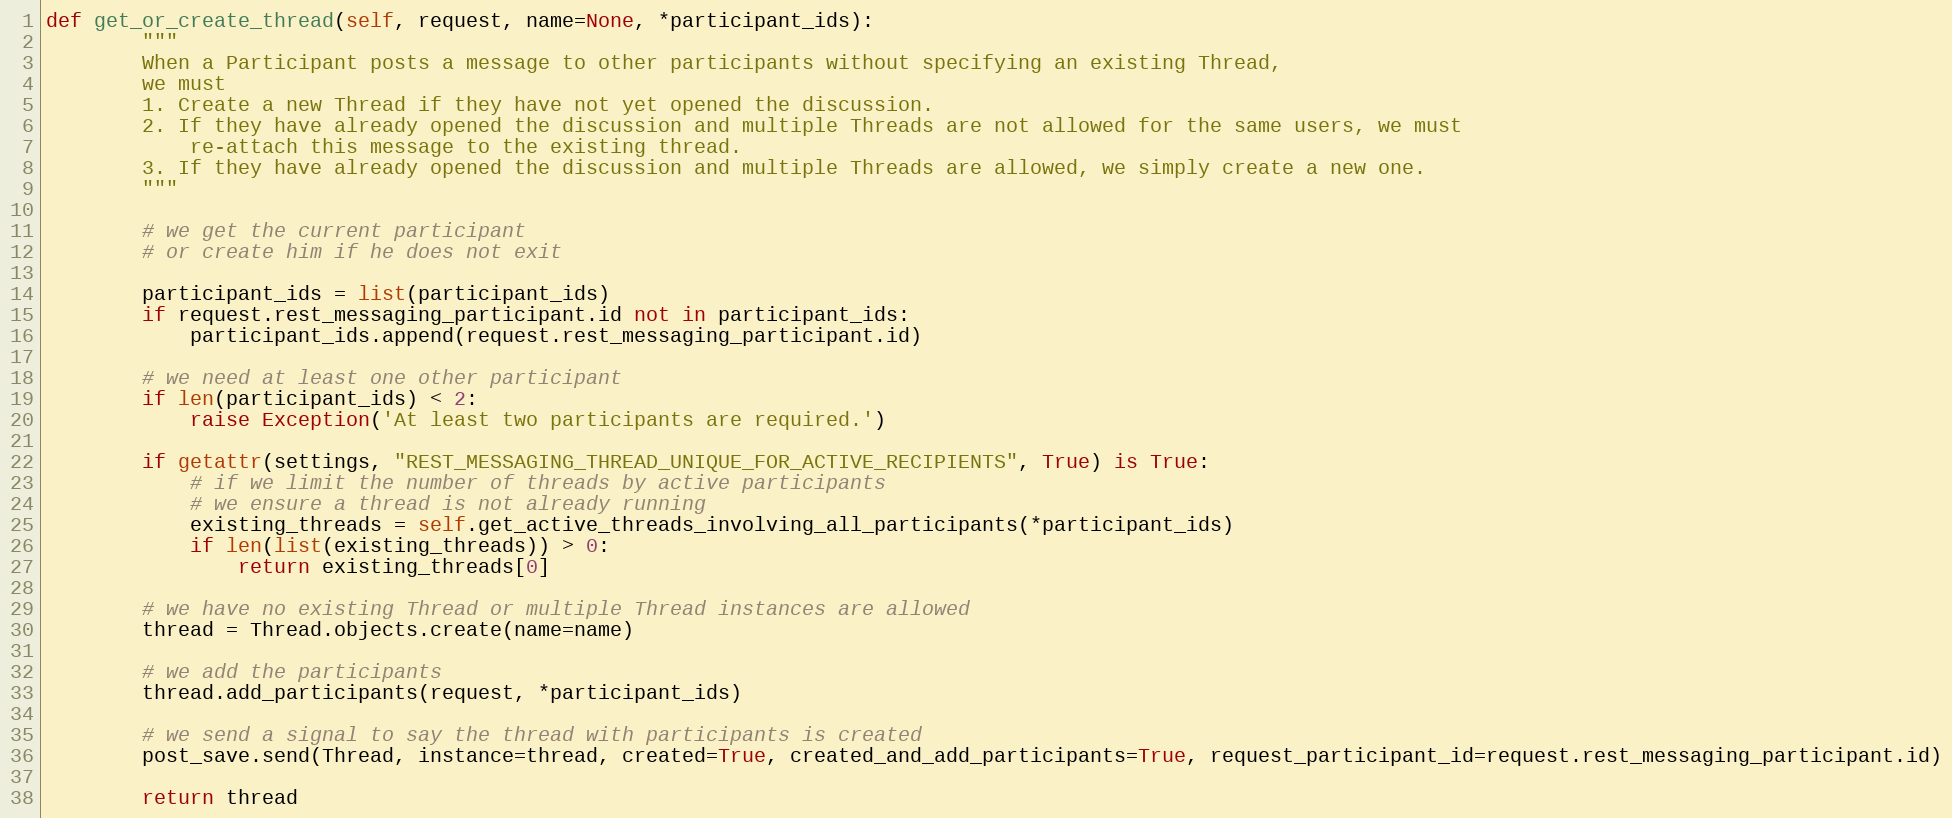
Language: Python
def get_or_create_thread(self, request, name=None, *participant_ids):
        """
        When a Participant posts a message to other participants without specifying an existing Thread,
        we must
        1. Create a new Thread if they have not yet opened the discussion.
        2. If they have already opened the discussion and multiple Threads are not allowed for the same users, we must
            re-attach this message to the existing thread.
        3. If they have already opened the discussion and multiple Threads are allowed, we simply create a new one.
        """

        # we get the current participant
        # or create him if he does not exit

        participant_ids = list(participant_ids)
        if request.rest_messaging_participant.id not in participant_ids:
            participant_ids.append(request.rest_messaging_participant.id)

        # we need at least one other participant
        if len(participant_ids) < 2:
            raise Exception('At least two participants are required.')

        if getattr(settings, "REST_MESSAGING_THREAD_UNIQUE_FOR_ACTIVE_RECIPIENTS", True) is True:
            # if we limit the number of threads by active participants
            # we ensure a thread is not already running
            existing_threads = self.get_active_threads_involving_all_participants(*participant_ids)
            if len(list(existing_threads)) > 0:
                return existing_threads[0]

        # we have no existing Thread or multiple Thread instances are allowed
        thread = Thread.objects.create(name=name)

        # we add the participants
        thread.add_participants(request, *participant_ids)

        # we send a signal to say the thread with participants is created
        post_save.send(Thread, instance=thread, created=True, created_and_add_participants=True, request_participant_id=request.rest_messaging_participant.id)

        return thread